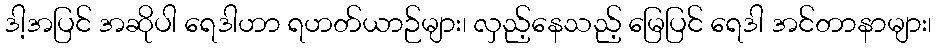
ဒါ့အပြင် အဆိုပါ ရေဒါဟာ ရဟတ်ယာဉ်များ၊ လှည့်နေသည့် မြေပြင် ရေဒါ အင်တာနာများ၊